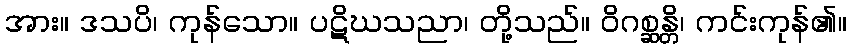
အား။ ဒသပိ၊ ကုန်သော။ ပဋိဃသညာ၊ တို့သည်။ ဝိဂစ္ဆန္တိ၊ ကင်းကုန်၏။